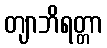
တျာဘိရတ္တာ